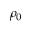
\rho _ { 0 }